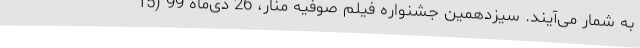
به شمار می‌آیند. سیزدهمین جشنواره فیلم صوفیه منار، 26 دی‌ماه 99 (15